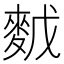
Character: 𪌙